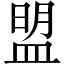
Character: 盟